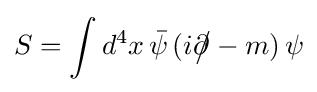
S=\int d^{4}x\,{\bar {\psi }}\,(i\partial \!\!\!{\big /}-m)\,\psi